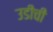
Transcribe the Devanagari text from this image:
उडीची